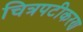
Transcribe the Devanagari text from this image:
चित्रपटीकरण